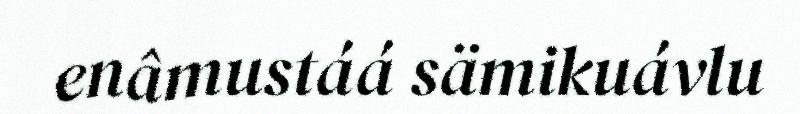
enâmustáá sämikuávlu